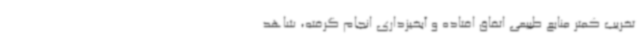
تخریب کمتر منابع طبیعی اتفاق افتاده و آبخیزداری انجام گرفته، شاهد